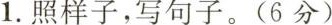
1. 照样子，写句子。( 6分 )